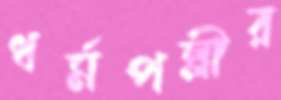
ধর্মপল্লীর